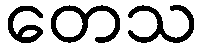
တေသ